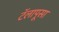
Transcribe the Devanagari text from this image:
टॅलापूसा